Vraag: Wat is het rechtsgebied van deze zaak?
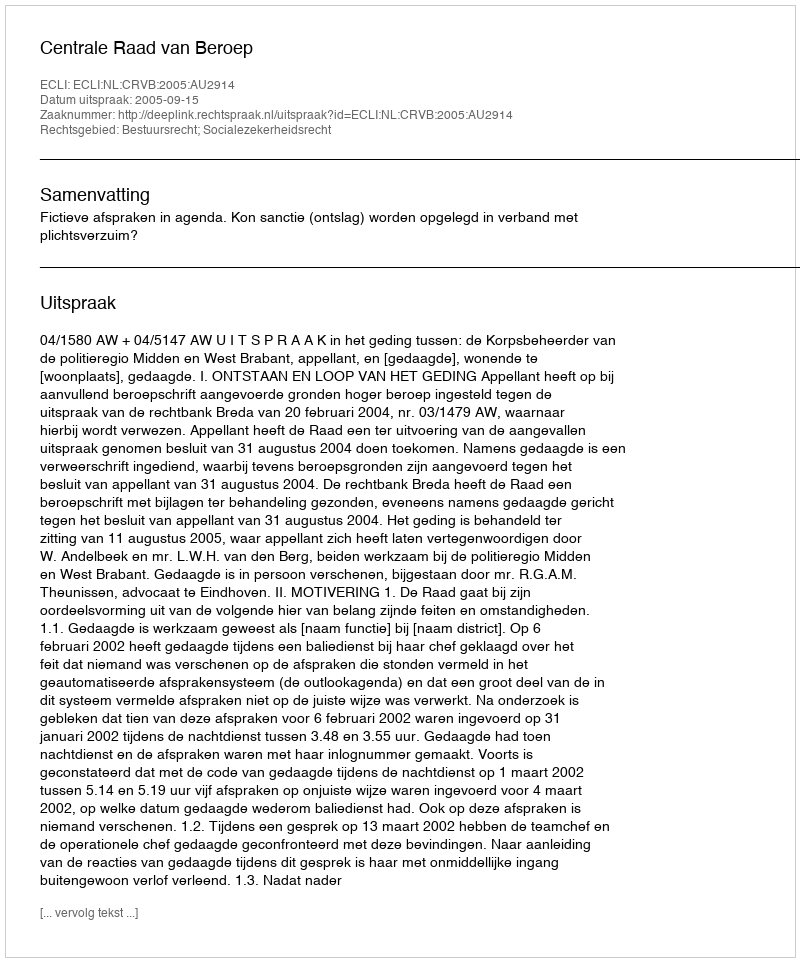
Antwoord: Bestuursrecht; Socialezekerheidsrecht